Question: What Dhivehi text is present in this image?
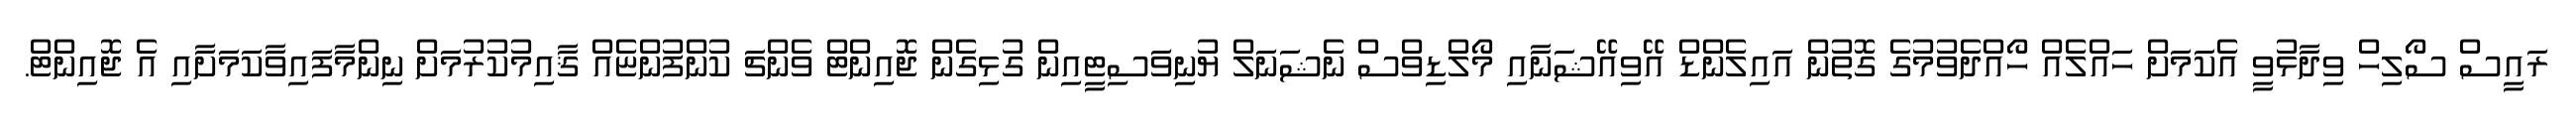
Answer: ރައީސް ސޯލިހް ވިދާޅުވީ އެކަމަށް ހައްލެއް ހޯއްދެވުމުގެ ގޮތުން އައިލެންޑް އޭވިއޭޝަނާއި މޯލްޑިވްސް ނެޝަނަލް ޔުނިވަސިޓީއިން ގުޅިގެން ޖޮއިންޓް ވެންޗަ ކުންފުންޏެއް ޤާއިމުކުރުމަށް ނިންމާފައިވާކަމަށާއި އެ ޖޮއިންޓް.